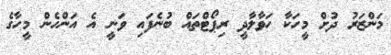
މަންޒަރު ދުށް މީހަކާ ހަވާލާދީ ރިޕޯޓްތައް ބުނެފައި ވަނީ އެ އަންހެން މީހާގެ